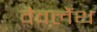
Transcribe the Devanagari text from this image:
वैवलैंथ